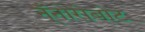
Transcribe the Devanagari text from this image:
न्ँनोरोबोट